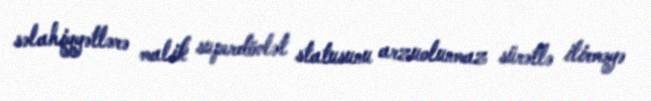
səlahiyyətlərə malik superdövlət statusunu arzuolunmaz sürətlə itirməyə